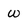
Character: W